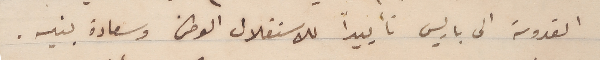
القدوسة الى باريس تأييداً للاستقلال الوطنى وسعادة بنيه.